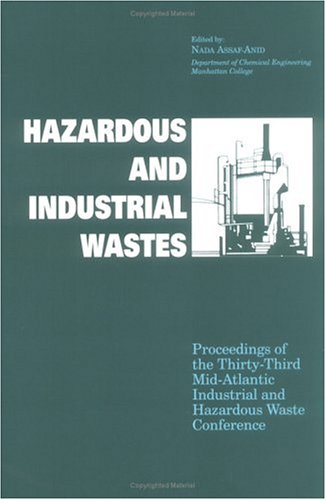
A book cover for Hazardous and Industrial Waste Proceedings,  33rd Mid-Atlantic Conference; Assaf-Anid; Science & Math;